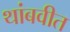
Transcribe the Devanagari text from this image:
थांबवीत